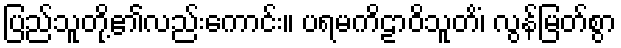
ပြည်သူတို့၏လည်းကောင်း။ ပရမကိဠာဝိသူတိံ၊ လွန်မြတ်စွာ